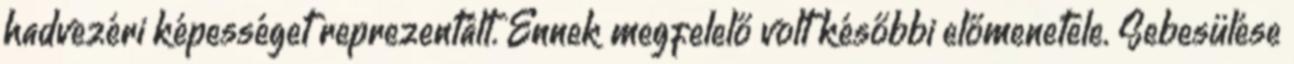
hadvezéri képességet reprezentált. Ennek megfelelő volt későbbi előmenetele. Sebesülése